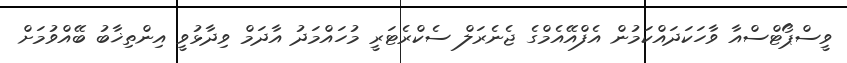
ވީސްޕޯޓްސްއާ ވާހަކަދައްކަމުން އެފްއޭއެމްގެ ޖެނެރަލް ސެކްރެޓަރީ މުހައްމަދު އާދަމް ވިދާޅުވީ އިންތިޚާބު ބޭއްވުމަށް